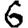
Digit: 6